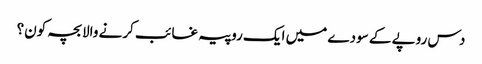
دس روپے کے سودے میں ایک روپیہ غائب کرنے والا بچہ کون؟